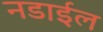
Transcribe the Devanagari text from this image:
नडाईल